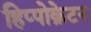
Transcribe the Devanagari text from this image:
हिप्पोक्रेटन